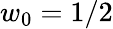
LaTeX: w_{0}=1/2